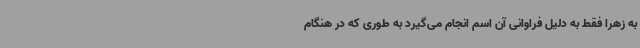
به زهرا فقط به دلیل فراوانی آن اسم انجام می‌گیرد به طوری که در هنگام